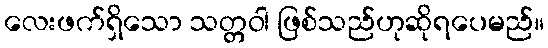
လေးဖက်ရှိသော သတ္တဝါ ဖြစ်သည်ဟုဆိုရပေမည်။